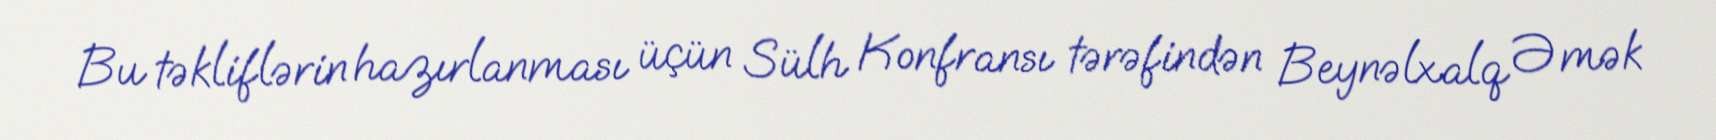
Bu təkliflərin hazırlanması üçün Sülh Konfransı tərəfindən Beynəlxalq Əmək